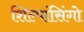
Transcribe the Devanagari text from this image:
शिल्पांसिंगो